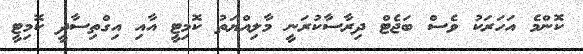
ކޮންމެ އަހަރަކު ވެސް ބަޖެޓް ދިރާސާކުރަނީ މާލިއްޔަތު ކޮމިޓީ އާއި އިގްތިސާދީ ކޮމިޓީ